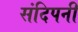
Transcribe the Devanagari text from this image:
संदिपनी